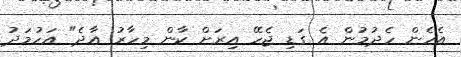
އެހެން ހެދުމުން އެ ގަޑި ޖެހޭ އިރަށް ކާން މިހާރު އާދެ" އަހުމަދު